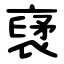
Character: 裦